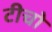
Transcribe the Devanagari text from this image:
टीचो